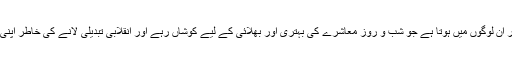
محمد عمر صدیق کا شمار ان لوگوں میں ہوتا ہے جو شب و روز معاشرے کی بہتری اور بھلائی کے لیے کوشاں رہے اور اِنقلابی تبدیلی لانے کی خاطر اپنی زندگی تک قربان کردی۔